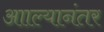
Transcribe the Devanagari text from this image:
आाल्यानंतर